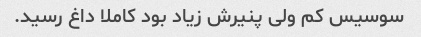
سوسیس کم ولی پنیرش زیاد بود کاملا داغ رسید.